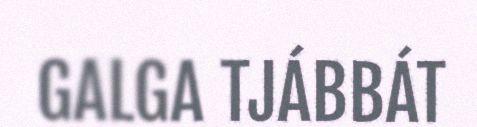
GALGA TJÁBBÁT